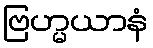
ဗြဟ္မယာနံ